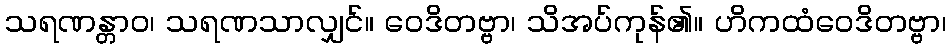
သရဏန္တာဝ၊ သရဏသာလျှင်။ ဝေဒိတဗ္ဗာ၊ သိအပ်ကုန်၏။ ဟိကထံဝေဒိတဗ္ဗာ၊